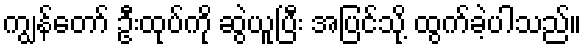
ကျွန်တော် ဦးထုပ်ကို ဆွဲယူပြီး အပြင်သို့ ထွက်ခဲ့ပါသည်။